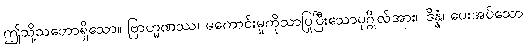
ဤသို့သဘောရှိသော။ ဗြာဟ္မဏဿ၊ မကောင်းမှုကိုသာပြုပြီးသောပုဂ္ဂိုလ်အား။ ဒိန္နံ၊ ပေးအပ်သော